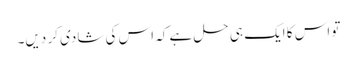
تو اس کا ایک ہی حل ہے کہ اس کی شادی کر دیں۔